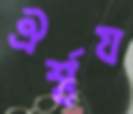
ঐর্শ্বয